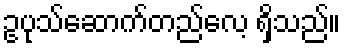
ဥပုသ်ဆောက်တည်လေ့ ရှိသည်။